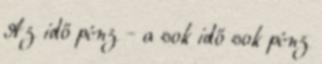
Az idő pénz - a sok idő sok pénz